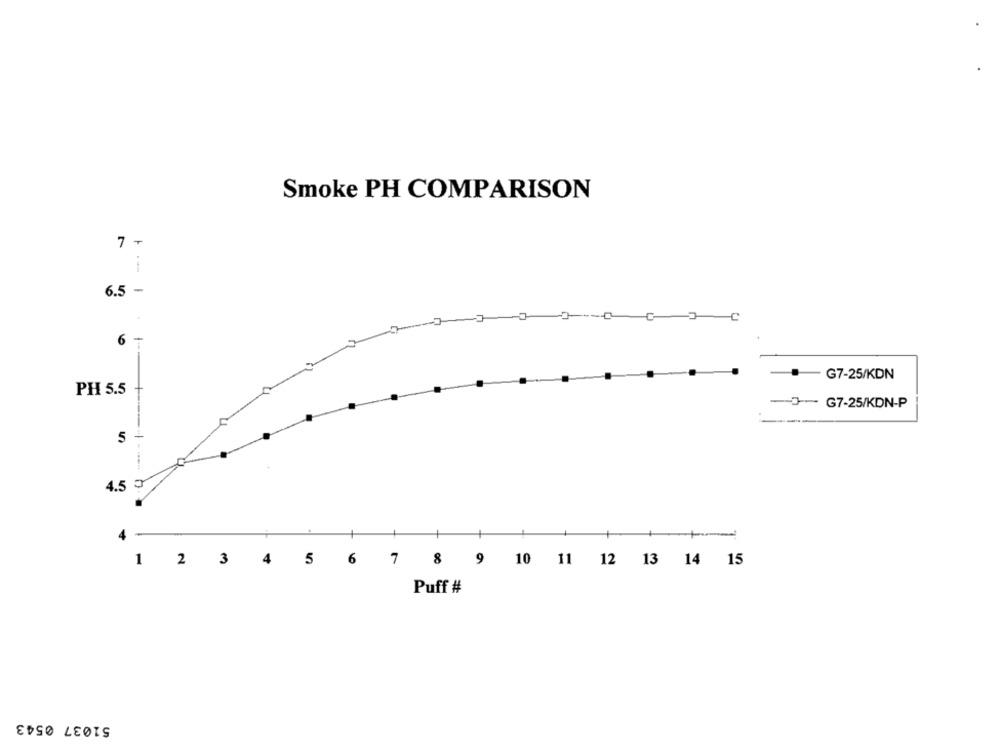
Smoke PH COMPARISON
7 +
6.5 -
G7-25/KDN
PH 5.5
+
-JG7-25/KDN-P
5
4.5
4
1
2 3 4 5 6 7 8 9 10 11 12 13 14 15
Puff #
51037 0543